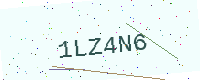
Text: 1LZ4N6